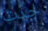
جدت